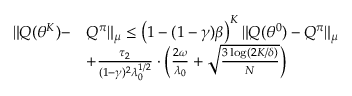
\begin{array} { r l } { \| Q ( \theta ^ { K } ) - } & { Q ^ { \pi } \| _ { \mu } \leq \left( 1 - ( 1 - \gamma ) \beta \right) ^ { K } \| Q ( \theta ^ { 0 } ) - Q ^ { \pi } \| _ { \mu } } \\ & { + \frac { \tau _ { 2 } } { ( 1 - \gamma ) ^ { 2 } \lambda _ { 0 } ^ { 1 / 2 } } \cdot \left( \frac { 2 \omega } { \lambda _ { 0 } } + \sqrt { \frac { 3 \log ( 2 K / \delta ) } { N } } \right) } \end{array}